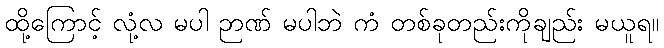
ထို့ကြောင့် လုံ့လ မပါ ဉာဏ် မပါဘဲ ကံ တစ်ခုတည်းကိုချည်း မယူရ။